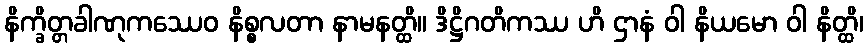
နိက္ခိတ္တခါဏုကဿေဝ နိစ္စလတာ နာမနတ္ထိ။ ဒိဋ္ဌိဂတိကဿ ဟိ ဌာနံ ဝါ နိယမော ဝါ နိတ္ထိ၊